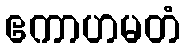
ဧကာဟမတံ